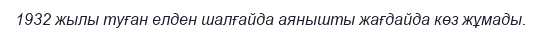
1932 жылы туған елден шалғайда аянышты жағдайда көз жұмады.